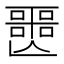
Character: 𡂤